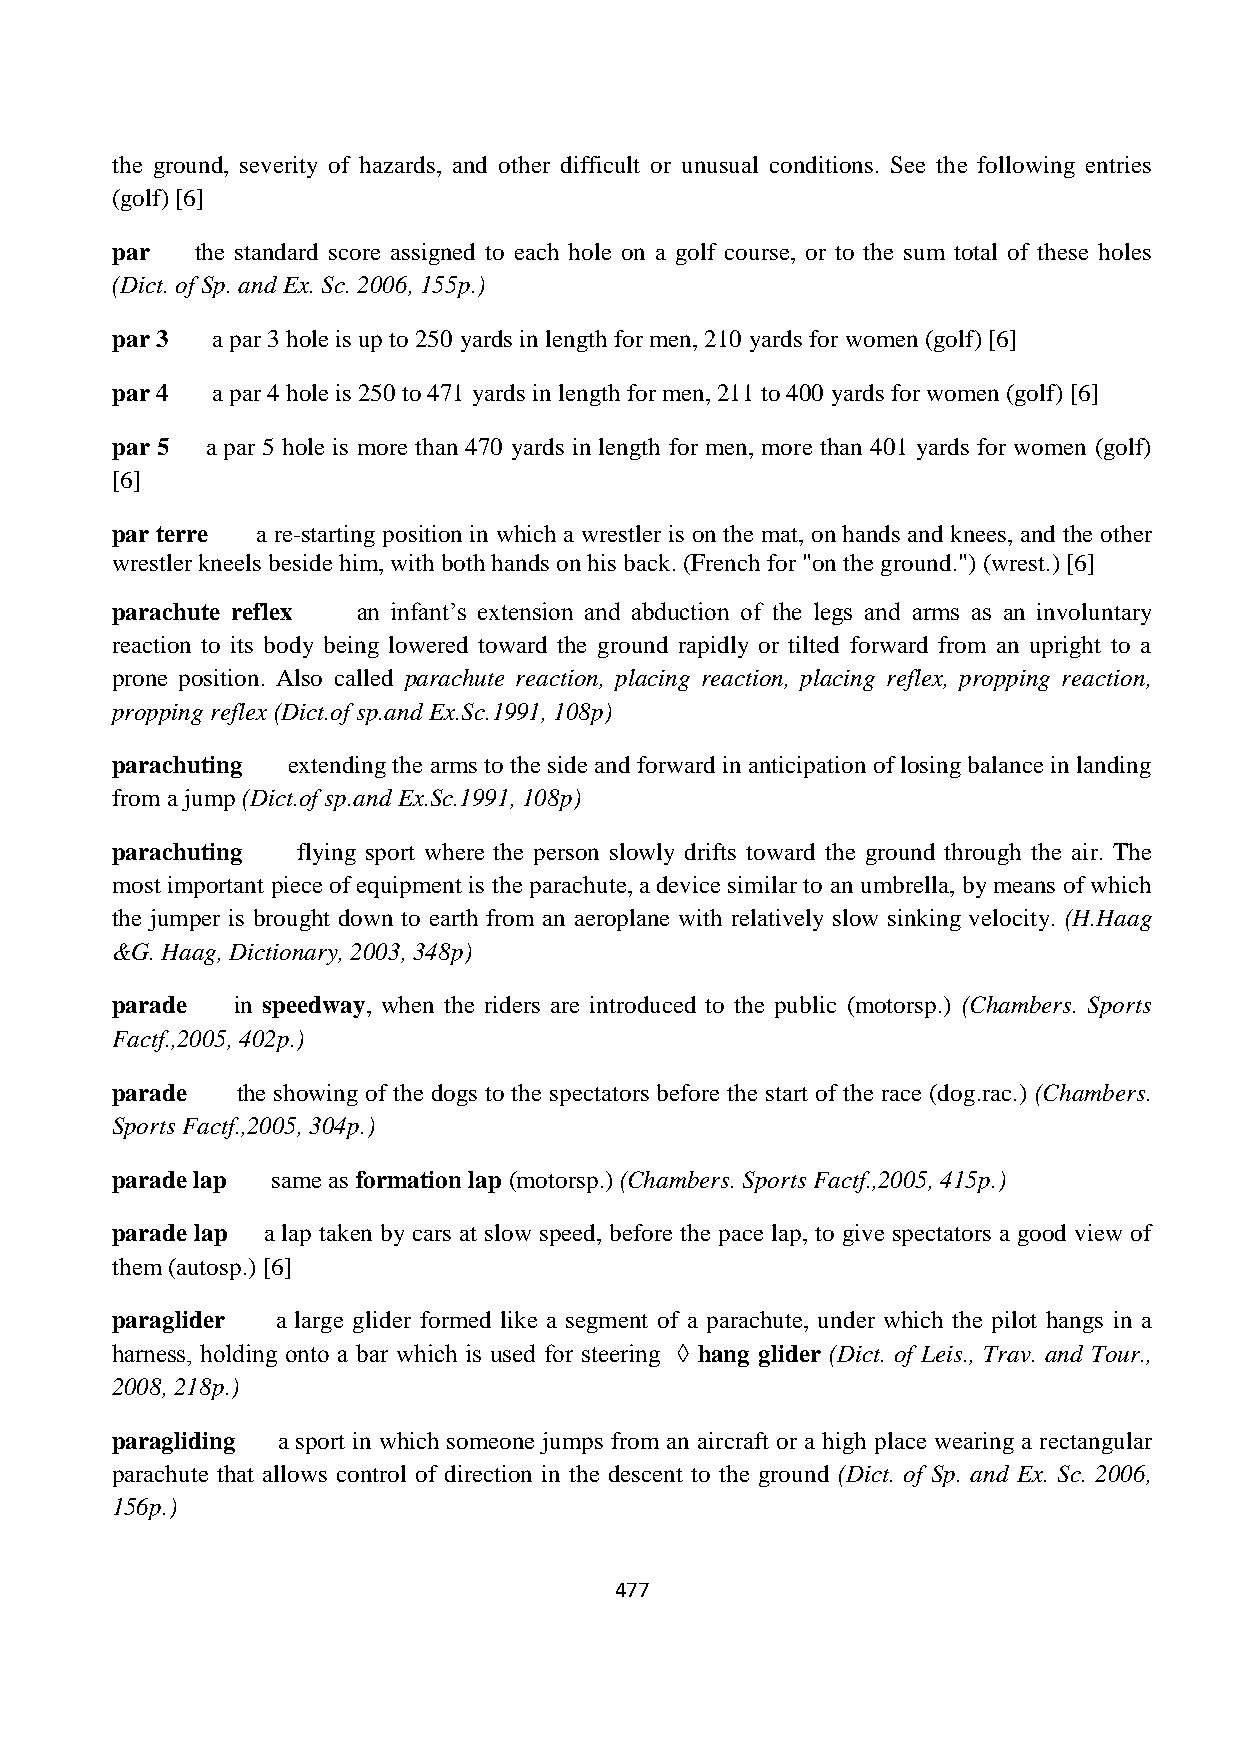
the ground, severity of hazards, and other difficult or unusual conditions. See the following entries
 (golf) [6]
 par   the standard score assigned to each hole on a golf course, or to the sum total of these holes
 (Dict. of Sp. and Ex. Sc. 2006, 155p.)
 par 3  a par 3 hole is up to 250 yards in length for men, 210 yards for women (golf) [6]
 par 4  a par 4 hole is 250 to 471 yards in length for men, 211 to 400 yards for women (golf) [6]
 par 5  a par 5 hole is more than 470 yards in length for men, more than 401 yards for women (golf)
 [6]
 par terre a re-starting position in which a wrestler is on the mat, on hands and knees, and the other
 wrestler kneels beside him, with both hands on his back. (French for "on the ground.") (wrest.) [6]
 parachute reflex an infant’s extension and abduction of the legs and arms as an involuntary
 reaction to its body being lowered toward the ground rapidly or tilted forward from an upright to a
 prone position. Also called parachute reaction, placing reaction, placing reflex, propping reaction,
 propping reflex (Dict.of sp.and Ex.Sc.1991, 108p)
 parachuting extending the arms to the side and forward in anticipation of losing balance in landing
 from a jump (Dict.of sp.and Ex.Sc.1991, 108p)
 parachuting  flying sport where the person slowly drifts toward the ground through the air. The
 most important piece of equipment is the parachute, a device similar to an umbrella, by means of which
 the jumper is brought down to earth from an aeroplane with relatively slow sinking velocity. (H.Haag
 &G. Haag, Dictionary, 2003, 348p)
 parade  in speedway, when the riders are introduced to the public (motorsp.) (Chambers. Sports
 Factf.,2005, 402p.)
 parade   the showing of the dogs to the spectators before the start of the race (dog.rac.) (Chambers.
 Sports Factf.,2005, 304p.)
 parade lap same as formation lap (motorsp.) (Chambers. Sports Factf.,2005, 415p.)
 parade lap a lap taken by cars at slow speed, before the pace lap, to give spectators a good view of
 them (autosp.) [6]
 paraglider a large glider formed like a segment of a parachute, under which the pilot hangs in a
 harness, holding onto a bar which is used for steering ◊ hang glider (Dict. of Leis., Trav. and Tour.,
 2008, 218p.)
 paragliding a sport in which someone jumps from an aircraft or a high place wearing a rectangular
 parachute that allows control of direction in the descent to the ground (Dict. of Sp. and Ex. Sc. 2006,
 156p.)
 477